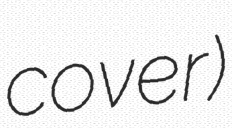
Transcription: cover)